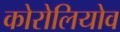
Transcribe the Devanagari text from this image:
कोरोलियोव